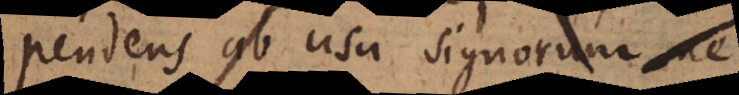
pendens ab usu signorum ne